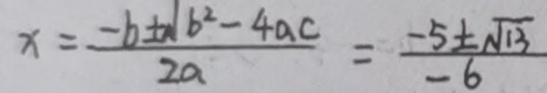
x = \frac { - b \pm \vert b ^ { 2 } - 4 a c } { 2 a } = \frac { - 5 \pm \sqrt { 1 3 } } { - 6 }